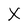
Character: X